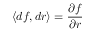
\langle d f , d r \rangle = { \frac { \partial f } { \partial r } }